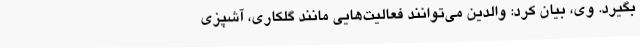
بگیرد. وی، بیان کرد: والدین می‌توانند فعالیت‌هایی مانند گلکاری، آشپزی